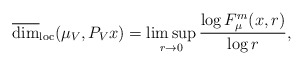
\begin{align*}\overline{\dim}_{\rm loc}(\mu_V, P_Vx)=\limsup_{r\to 0} \frac{\log F_\mu^m(x,r)}{\log r},\end{align*}